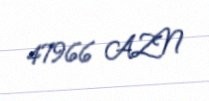
47966 AZN